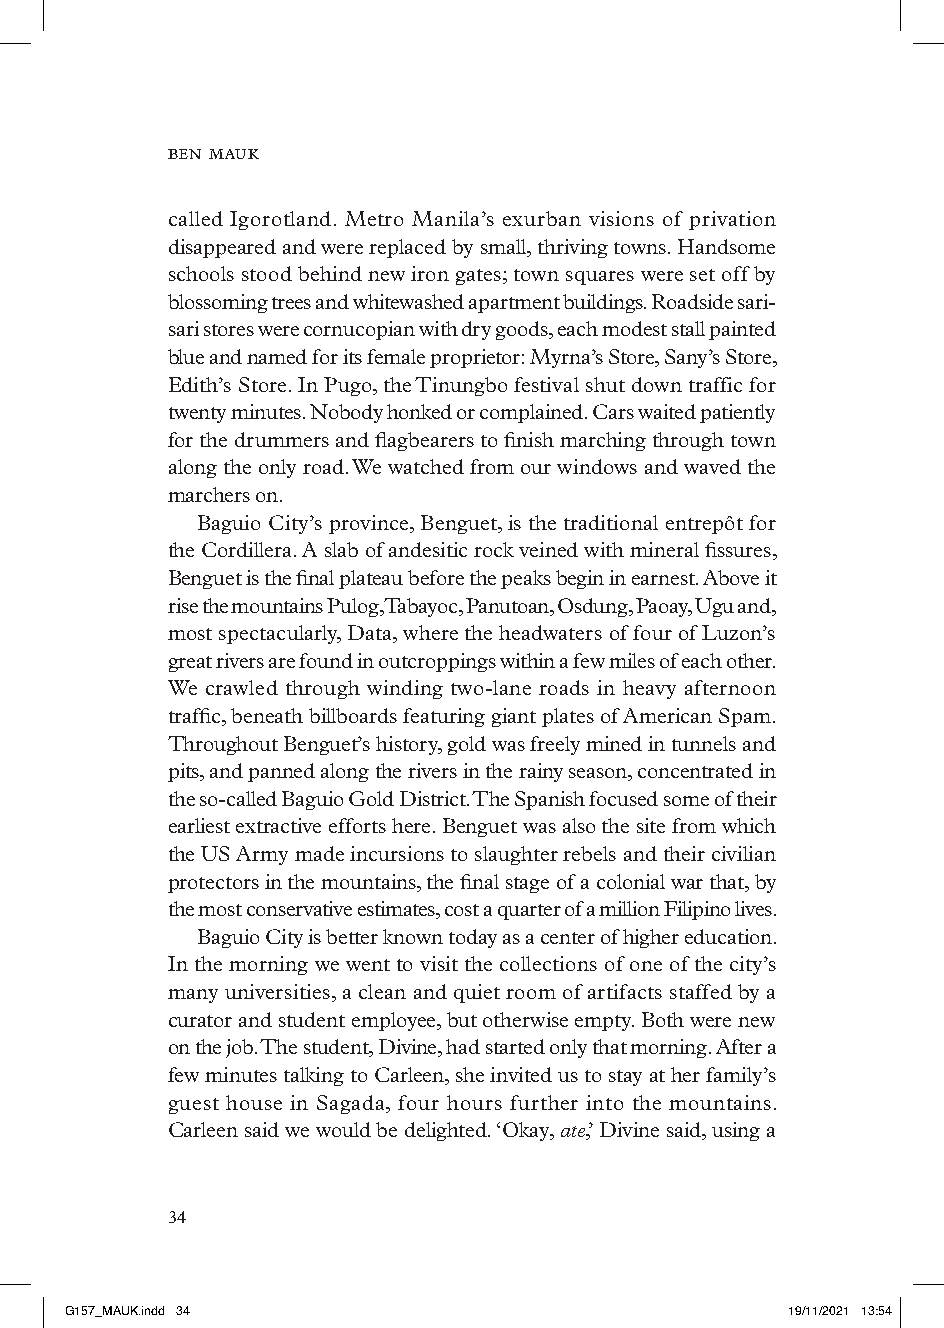
ben mauk
 called Igorotland. Metro Manila’s exurban visions of privation
 disappeared and were replaced by small, thriving towns. Handsome
 schools stood behind new iron gates; town squares were set off by
 blossoming trees and whitewashed apartment buildings. Roadside sari-
 sari stores were cornucopian with dry goods, each modest stall painted
 blue and named for its female proprietor: Myrna’s Store, Sany’s Store,
 Edith’s Store. In Pugo, the Tinungbo festival shut down traffic for
 twenty minutes. Nobody honked or complained. Cars waited patiently
 for the drummers and flagbearers to finish marching through town
 along the only road. We watched from our windows and waved the
 marchers on.
 Baguio City’s province, Benguet, is the traditional entrepôt for
 the Cordillera. A slab of andesitic rock veined with mineral fissures,
 Benguet is the final plateau before the peaks begin in earnest. Above it
 rise the mountains Pulog, Tabayoc, Panutoan, Osdung, Paoay, Ugu and,
 most spectacularly, Data, where the headwaters of four of Luzon’s
 great rivers are found in outcroppings within a few miles of each other.
 We crawled through winding two-lane roads in heavy afternoon
 traffic, beneath billboards featuring giant plates of American Spam.
 Throughout Benguet’s history, gold was freely mined in tunnels and
 pits, and panned along the rivers in the rainy season, concentrated in
 the so-called Baguio Gold District. The Spanish focused some of their
 earliest extractive efforts here. Benguet was also the site from which
 the US Army made incursions to slaughter rebels and their civilian
 protectors in the mountains, the final stage of a colonial war that, by
 the most conservative estimates, cost a quarter of a million Filipino lives.
 Baguio City is better known today as a center of higher education.
 In the morning we went to visit the collections of one of the city’s
 many universities, a clean and quiet room of artifacts staffed by a
 curator and student employee, but otherwise empty. Both were new
 on the job. The student, Divine, had started only that morning. After a
 few minutes talking to Carleen, she invited us to stay at her family’s
 guest house in Sagada, four hours further into the mountains.
 Carleen said we would be delighted. ‘Okay, ate,’ Divine said, using a
 
 GG115577__MMAAUUKK..iinndddd 3344               1199//1111//22002211 1133::5544